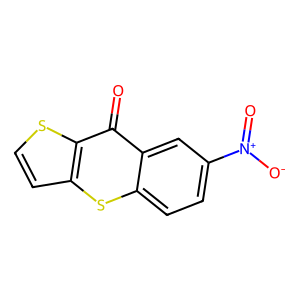
SMILES: O=c1c2cc([N+](=O)[O-])ccc2sc2ccsc12
Inhibits HIV replication: No